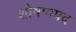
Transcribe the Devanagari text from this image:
शोषणप्रद